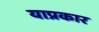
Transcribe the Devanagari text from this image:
याप्रकार